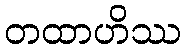
တထာဟိဿ